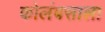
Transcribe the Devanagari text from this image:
कोलंबसाला